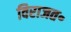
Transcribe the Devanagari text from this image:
विराजत॰